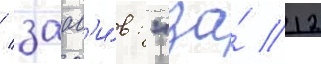
/ заав'и́в: "за́ 12